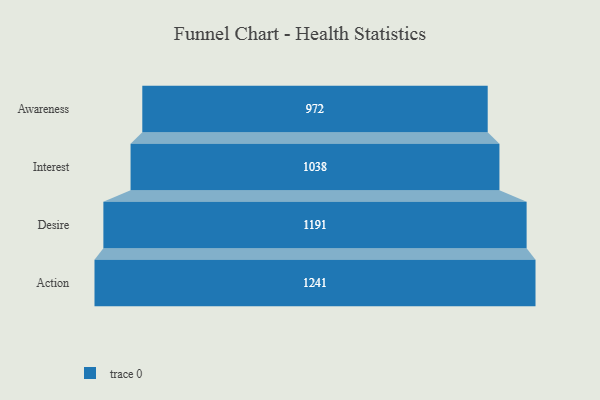
{"axis": {"x": "Stage", "y": "Value"}, "legend": [""], "data": [{"x": "Awareness", "y": 972.0, "type": ""}, {"x": "Interest", "y": 1038.0, "type": ""}, {"x": "Desire", "y": 1191.0, "type": ""}, {"x": "Action", "y": 1241.0, "type": ""}]}